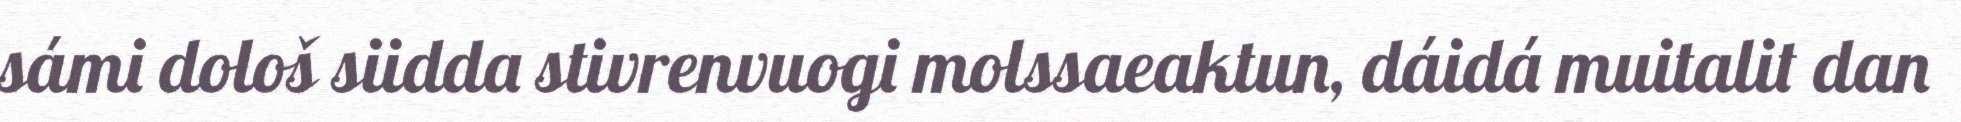
sámi dološ siidda stivrenvuogi molssaeaktun, dáidá muitalit dan